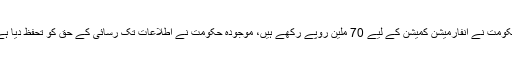
حکومت نے انفارمیشن کمیشن کے لیے 70 ملین روپے رکھے ہیں، موجودہ حکومت نے اطلاعات تک رسائی کے حق کو تحفظ دیا ہے۔